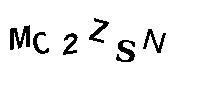
MC2ZSN